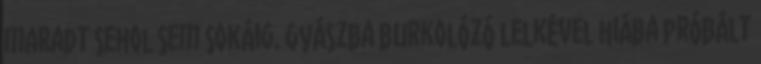
maradt sehol sem sokáig. Gyászba burkolózó lelkével hiába próbált